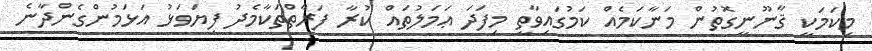
މިކަމަކީ ޤާނޫނީގޮތުން މަނާކަމެއް ކަމުގައިވާތީ މިފަދަ ޢަމަލުތައް ކުރާ ފަރާތްތަކާމެދު ފިޔަވަޅު އަޅަމުންގެންދާނެ